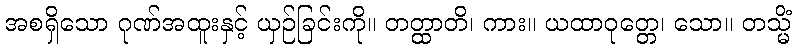
အစရှိသော ဂုဏ်အထူးနှင့် ယှဉ်ခြင်းကို။ တတ္ထာတိ၊ ကား။ ယထာဝုတ္တေ၊ သော။ တသ္မိံ